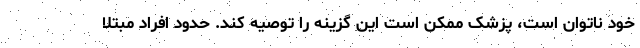
خود ناتوان است، پزشک ممکن است این گزینه را توصیه کند. حدود افراد مبتلا